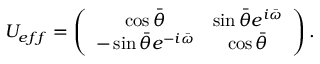
U _ { e f f } = \left( \begin{array} { c c } { { \cos \bar { \theta } } } & { { \sin \bar { \theta } e ^ { i \bar { \omega } } } } \\ { { - \sin \bar { \theta } e ^ { - i \bar { \omega } } } } & { { \cos \bar { \theta } } } \end{array} \right) .